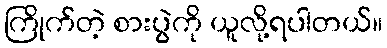
ကြိုက်တဲ့ စားပွဲကို ယူလို့ရပါတယ်။